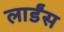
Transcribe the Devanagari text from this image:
लार्डंस